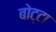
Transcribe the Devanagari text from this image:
बोट्टा